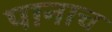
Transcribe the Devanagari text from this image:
पानाच